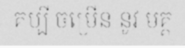
គប្បី ចម្រើន នូវ មគ្គ